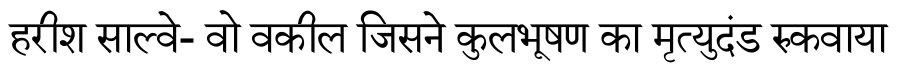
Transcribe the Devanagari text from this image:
हरीश साल्वे- वो वकील जिसने कुलभूषण का मृत्युदंड रुकवाया